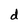
Character: d